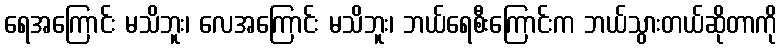
ရေအကြောင်း မသိဘူး၊ လေအကြောင်း မသိဘူး၊ ဘယ်ရေစီးကြောင်းက ဘယ်သွားတယ်ဆိုတာကို